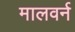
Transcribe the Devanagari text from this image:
मालवर्न